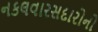
નકલવારસદારોનો